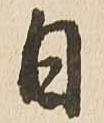
日